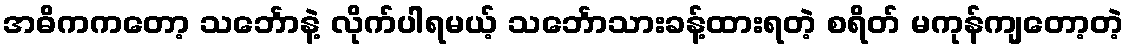
အဓိကကတော့ သင်္ဘောနဲ့ လိုက်ပါရမယ့် သင်္ဘောသားခန့်ထားရတဲ့ စရိတ် မကုန်ကျတော့တဲ့